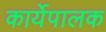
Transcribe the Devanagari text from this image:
कार्येपालक